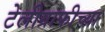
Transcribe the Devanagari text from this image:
टेलीग्राफीच्या